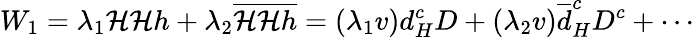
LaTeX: W_{1}=\lambda_{1}{\cal H}{\cal H}h+\lambda_{2}{\overline{{{\cal H}}}}{\overline{{{\cal H}}}}{\overline{{{h}}}}=(\lambda_{1}v)d_{H}^{c}D+(\lambda_{2}v)\overline{{{d}}}_{H}^{c}D^{c}+\cdots